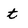
Character: t